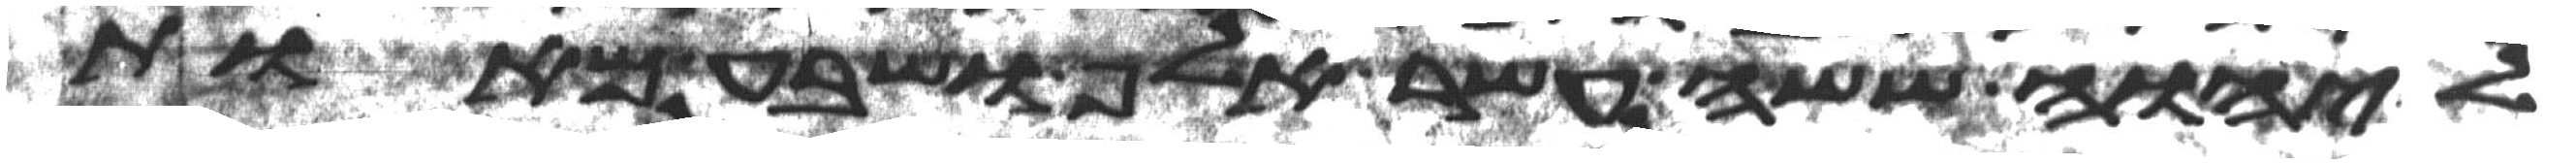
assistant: ליהוה ששה עשר אלף ושבע מאות